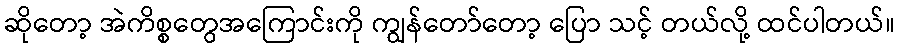
ဆိုတော့ အဲကိစ္စတွေအကြောင်းကို ကျွန်တော်တော့ ပြော သင့် တယ်လို့ ထင်ပါတယ်။